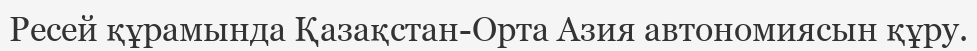
Ресей құрамында Қазақстан-Орта Азия автономиясын құру.